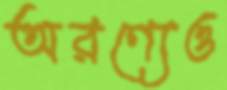
অরণ্যেও